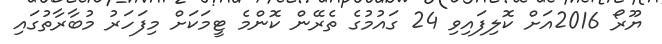
ޔޫރޯ 2016އަށް ކޮލިފައިވި 24 ގައުމުގެ ތެރޭން ކޮންމެ ޓީމަކަށް މިފަހަރު މުބާރާތުގައި